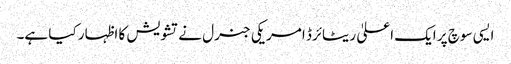
ایسی سوچ پر ایک اعلیٰ ریٹائرڈ امریکی جنرل نے تشویش کا اظہار کیا ہے۔